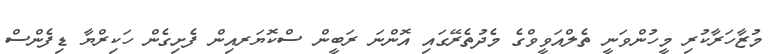
މުޒާހަރާކުރި މީހުންވަނީ ތެލްއަވީވްގެ މެދުތެރޭގައި އޮންނަ ރަބީން ސްކޮޔަރއިން ފެށިގެން ހަކިރްޔާ ޑިފެންސް